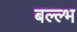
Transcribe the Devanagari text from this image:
बल्ल्भ